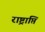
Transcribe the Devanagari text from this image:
राष्ट्राप्ति